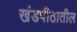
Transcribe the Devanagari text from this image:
खंडपीठातील